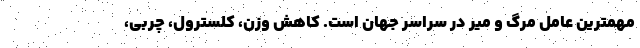
مهمترین عامل مرگ و میر در سراسر جهان است. کاهش وزن، کلسترول، چربی،